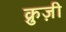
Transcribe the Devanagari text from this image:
क्रुज़ी